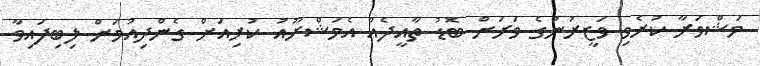
މަޝްވަރާ ކުރެވި ވަޒީރުންގެ ވަރަށް ބޮޑު ތާއީދެއް އެމަޝްރޫއު ކުރިއަށް ގެންދިއުމަށް ލިބިފައިވާ